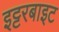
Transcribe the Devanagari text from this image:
इट्टरबाइट